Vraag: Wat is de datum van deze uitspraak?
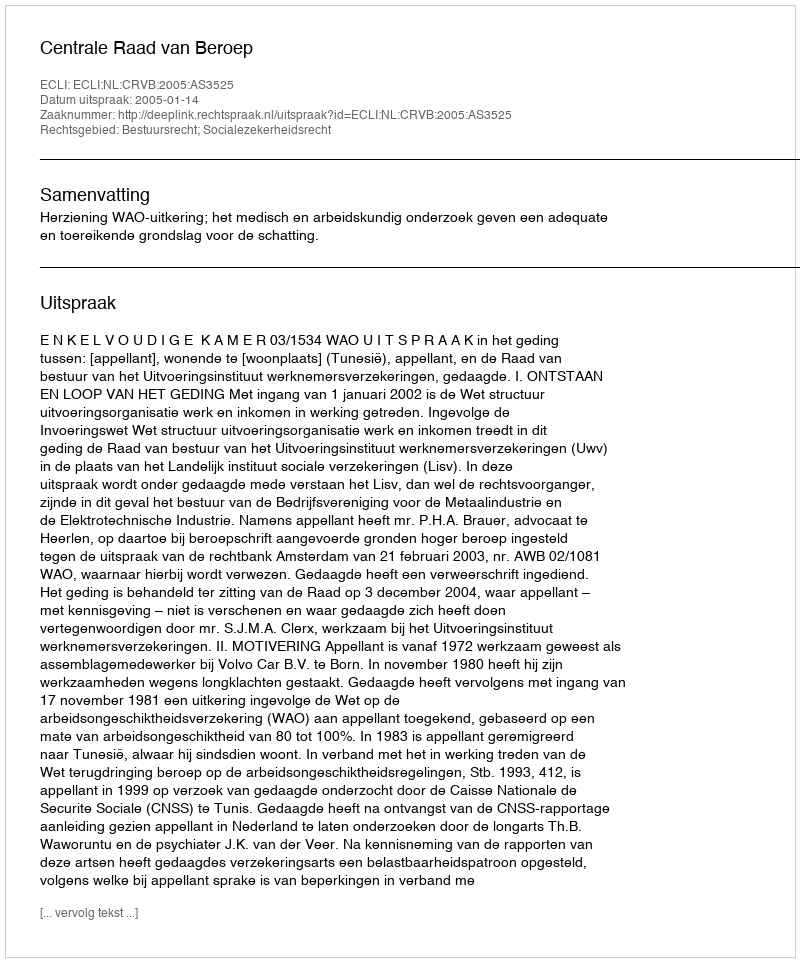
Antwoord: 2005-01-14